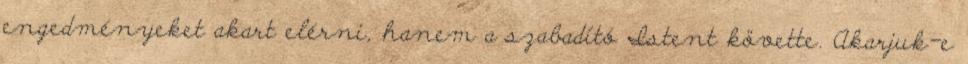
engedményeket akart elérni, hanem a szabadító Istent követte. Akarjuk-e